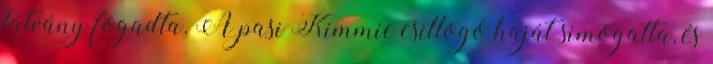
látvány fogadta. A pasi Kimmie csillogó haját simogatta, és